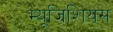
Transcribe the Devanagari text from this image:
म्यूजिशियंस